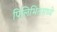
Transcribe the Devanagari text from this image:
पिलिभितमध्ये